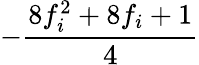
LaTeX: -\frac{8f_{i}^{2}+8f_{i}+1}{4}